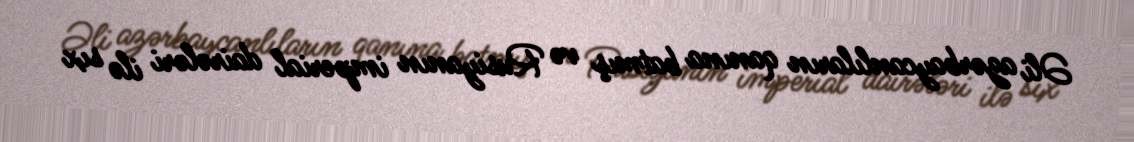
Əli azərbaycanlıların qanına batmış və Rusiyanın imperial dairələri ilə sıx